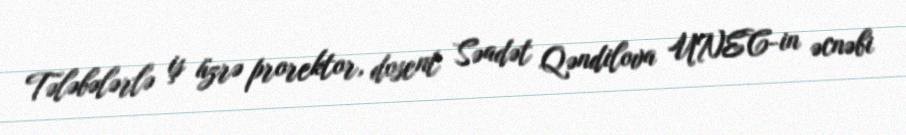
Tələbələrlə iş üzrə prorektor, dosent Səadət Qəndilova UNEC-in əcnəbi